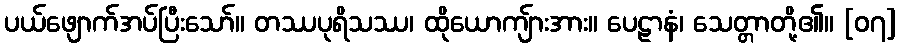
ပယ်ဖျောက်အပ်ပြီးသော်။ တဿပုရိသဿ၊ ထိုယောကျ်ားအား။ ပေဠာနံ၊ သေတ္တာတို့၏။ [၀၇]